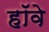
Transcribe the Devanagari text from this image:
हॉवे